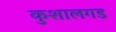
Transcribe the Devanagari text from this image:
कुशालगड